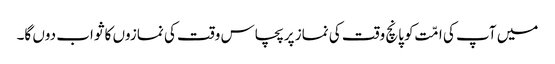
میں آپ کی امّت کو پانچ وقت کی نماز پر پچاس وقت کی نمازوں کا ثواب دوں گا۔